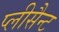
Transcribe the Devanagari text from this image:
प्लीसैन्ट